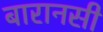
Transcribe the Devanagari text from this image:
बारानसी